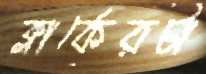
ক্লার্কেরটা